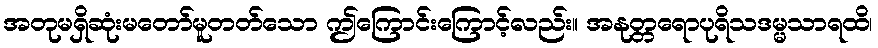
အတုမရှိဆုံးမတော်မူတတ်သော ဤကြောင်းကြောင့်လည်း။ အနုတ္တရောပုရိသဒမ္မသာရထိ၊